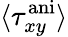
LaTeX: \langle\tau_{xy}^{\mathrm{ani}}\rangle